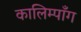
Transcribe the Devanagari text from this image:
कालिम्पाँग